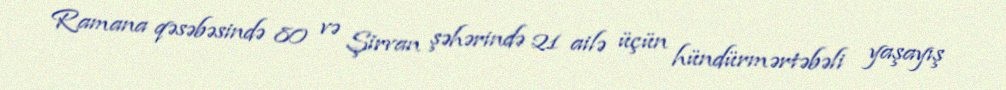
Ramana qəsəbəsində 80 və Şirvan şəhərində 21 ailə üçün hündürmərtəbəli yaşayış